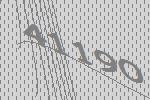
41190